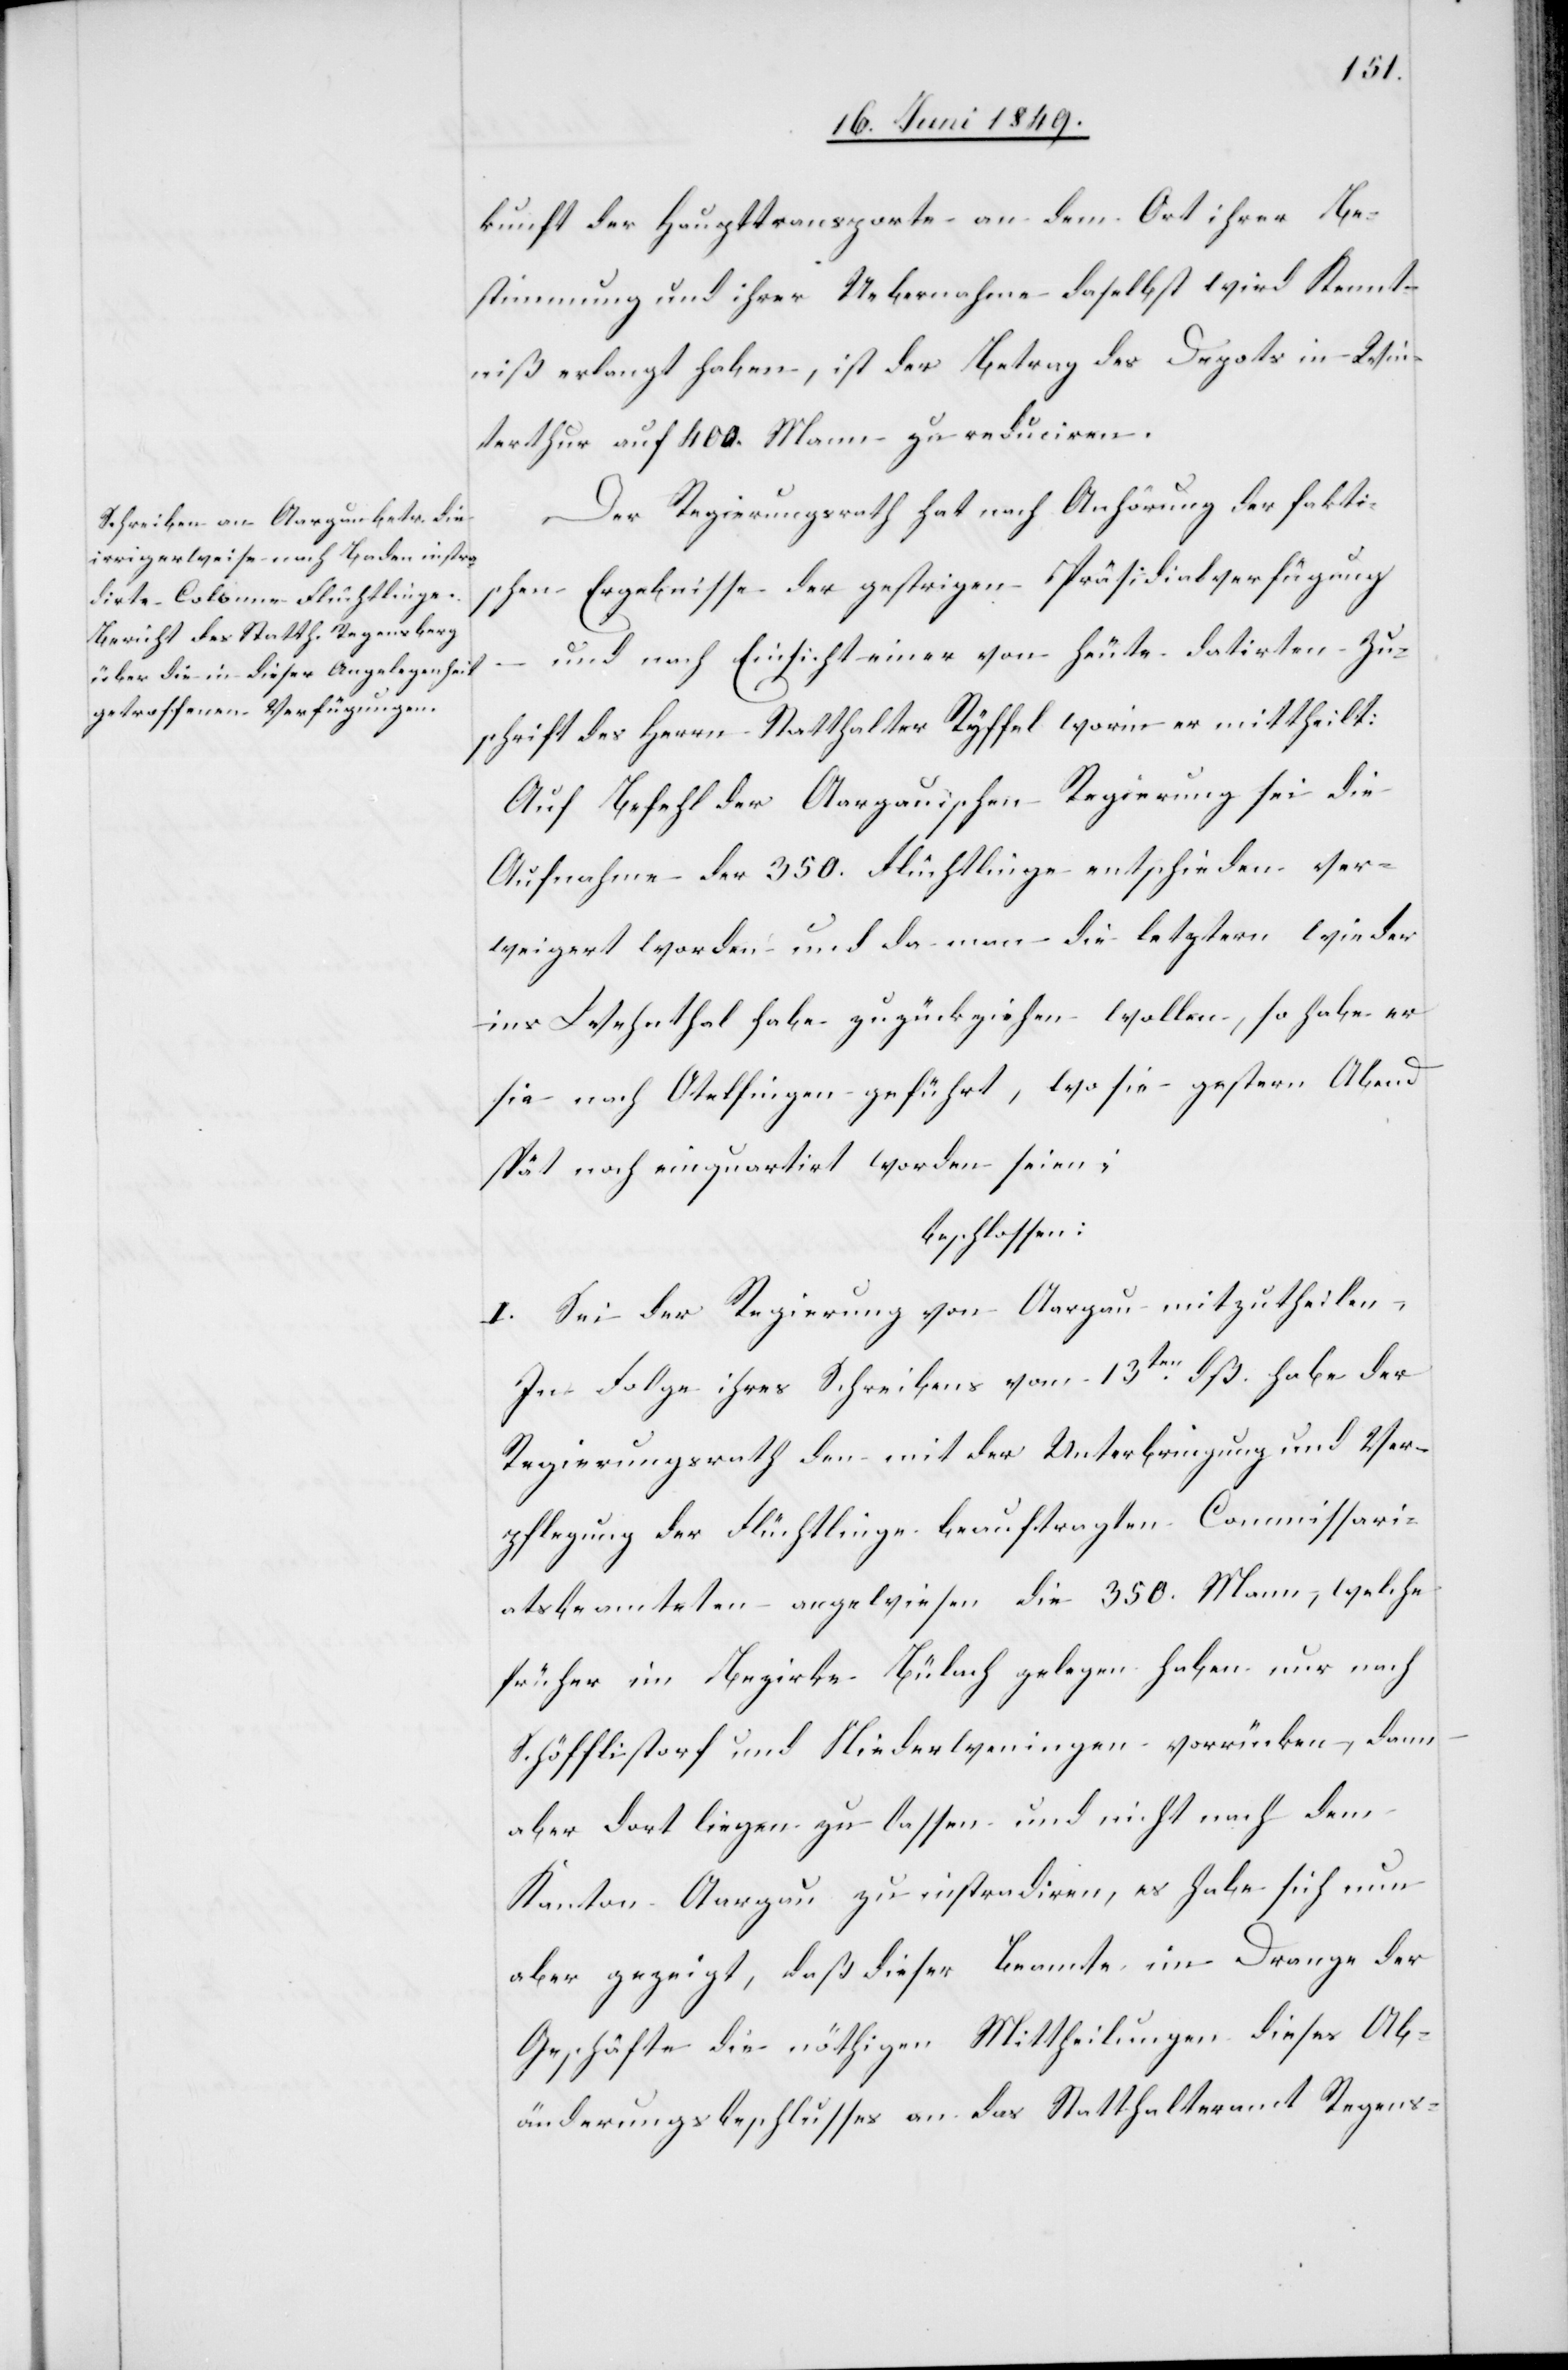
kunft der Haupttransporte an dem Ort ihrer Be¬
stimmung und ihrer Uebernahme daselbst wird Kennt¬
niß erlangt haben, ist der Betrag des Depots in Win¬
terthur auf 400. Mann zu reduciren.
Der Regierungsrath hat nach Anhörung der fakti¬
schen Ergebnisse der gestrigen Präsidialverfügung
und nach Einsicht einer von heute datirten Zu¬
schrift des Herrn Statthalter Ryffel worin er mittheilt:
Auf Befehl der Aargauischen Regierung sei die
Aufnahme der 350. Flüchtlinge entschieden ver¬
weigert worden und da man die letztern wieder
ins Wehnthal habe zuzückziehen [sic!] wollen, so habe er
sie nach Otelfingen geführt, wo sie gestern Abend
spät noch einquartirt worden seien;
beschlossen:
I. Sei der Regierung von Aargau mitzutheilen,
In Folge ihres Schreibens vom 13ten dß. habe der
Regierungsrath den mit der Unterbringung und Ver¬
pflegung der Flüchtlinge beauftragten Commissari¬
atsbeamteten angewiesen die 350. Mann, welche
früher im Bezirke Bülach gelegen haben nur nach
Schöfflistorf und Niederweningen vorrücken, dann
aber dort liegen zu lassen und nicht nach dem
Kanton Aargau zu instradiren, es habe sich nun
aber gezeigt, daß dieser Beamte im Drange der
Geschäfte die nöthigen Mittheilungen dieses Ab¬
änderungsbeschlusses an das Statthalteramt Regens-